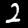
Digit: 2